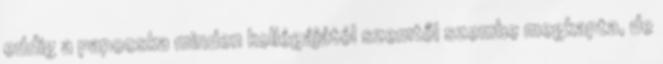
eddig a papocska minden kollégájától szemtől szembe megkapta, de